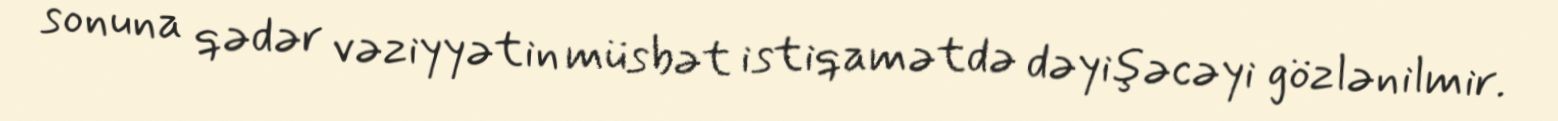
sonuna qədər vəziyyətin müsbət istiqamətdə dəyişəcəyi gözlənilmir.